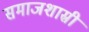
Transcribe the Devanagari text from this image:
समाजशास्री